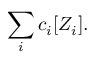
\sum _ { i } c _ { i } [ Z _ { i } ] .